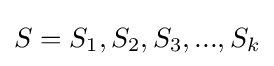
S=S_{1},S_{2},S_{3},...,S_{k}